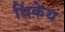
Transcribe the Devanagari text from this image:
थिंकेथ